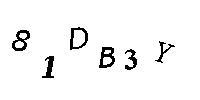
H1DB3Y